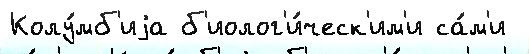
Колу́мб'иjа б'иолог'и́ческ'им'и са́м'и